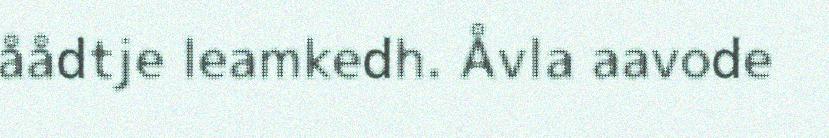
åådtje leamkedh. Åvla aavode